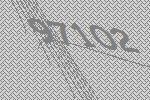
97102